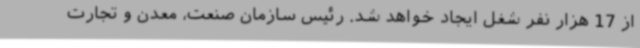
از 17 هزار نفر شغل ایجاد خواهد شد. رئیس سازمان صنعت، معدن و تجارت